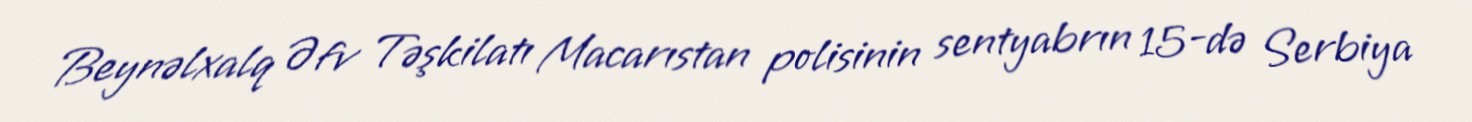
Beynəlxalq Əfv Təşkilatı Macarıstan polisinin sentyabrın 15-də Serbiya